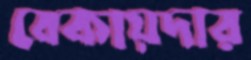
বেকায়দার